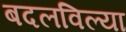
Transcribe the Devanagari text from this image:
बदलविल्या